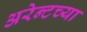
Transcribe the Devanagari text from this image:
अरेन्टच्या